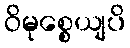
ဝိမုစ္စေယျပိ